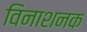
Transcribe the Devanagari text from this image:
विनाशनक